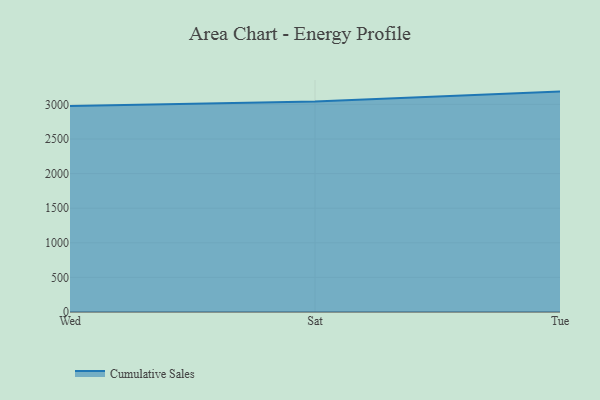
{"axis": {"x": "Day", "y": "LTV (USD)"}, "legend": ["Cumulative Sales"], "data": [{"x": "Wed", "y": 2976.6, "type": "Cumulative Sales"}, {"x": "Sat", "y": 3041.0, "type": "Cumulative Sales"}, {"x": "Tue", "y": 3185.0, "type": "Cumulative Sales"}]}